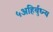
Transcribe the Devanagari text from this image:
५अहिर्बुध्न्य